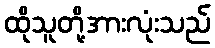
ထိုသူတို့အားလုံးသည်